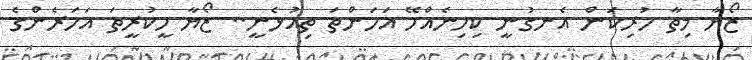
ޒޯޔާ މިތާ ހުރިކަން އެނގުނީ ކިހިނެއްހޭ އަހަންތަ ތިއުޅެނީ.. ޒޯޔާ ހީކުރީތަ އަހަރެންގެ